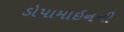
ડોપામાઇનની